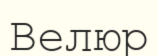
Велюр